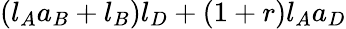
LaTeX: (l_{A}a_{B}+l_{B})l_{D}+(1+r)l_{A}a_{D}